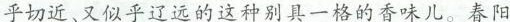
乎切近、又似乎辽远的这种别具一格的香味儿。春阳